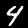
Digit: 4